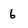
Character: 6